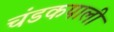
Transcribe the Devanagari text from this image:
चंडकपाली